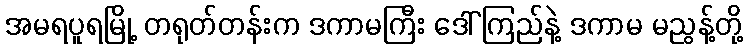
အမရပူရမြို့ တရုတ်တန်းက ဒကာမကြီး ဒေါ်ကြည်နဲ့ ဒကာမ မညွန့်တို့